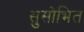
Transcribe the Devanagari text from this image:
सुसोभित